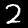
Digit: 2